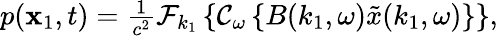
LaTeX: \begin{array}{r}{p(\mathbf{x}_{1},t)=\frac{1}{c^{2}}\mathcal{F}_{k_{1}}\left\{ \mathcal{C}_{\omega}\left\{ B(k_{1},\omega)\tilde{x}(k_{1},\omega)\right\} \right\} ,}\end{array}